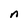
Character: n